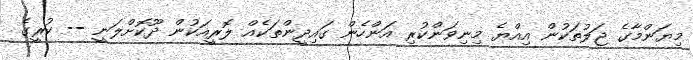
މިޔަންމާގެ ޖަލުތަކުން އިއްޔެ މިނިވަންކުރި އަންހެން ގައިދީންތަކެއް ލޮރީއަކުން ދޫކޮށްލަނީ -- ކުރީގެ